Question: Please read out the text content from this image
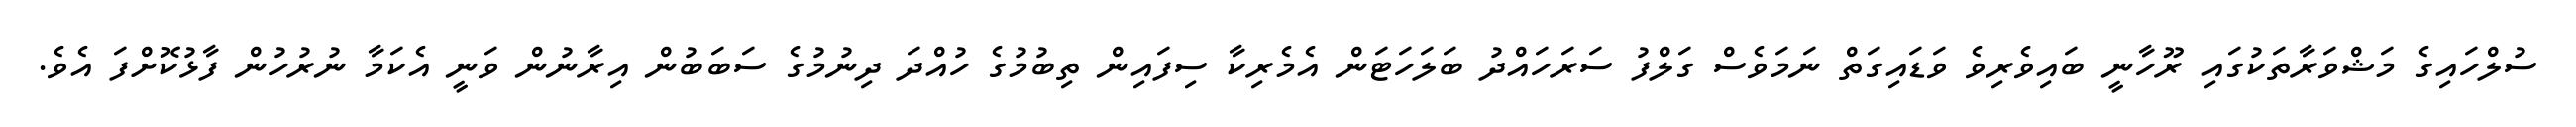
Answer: ސުލްހައިގެ މަޝްވަރާތަކުގައި ރޫހާނީ ބައިވެރިވެ ވަޑައިގަތް ނަމަވެސް ގަލްފު ސަރަހައްދު ބަލަހަޓަން އެމެރިކާ ސިފައިން ތިބުމުގެ ހުއްދަ ދިނުމުގެ ސަބަބުން އިރާނުން ވަނީ އެކަމާ ނުރުހުން ފާޅުކޮށްފަ އެވެ.